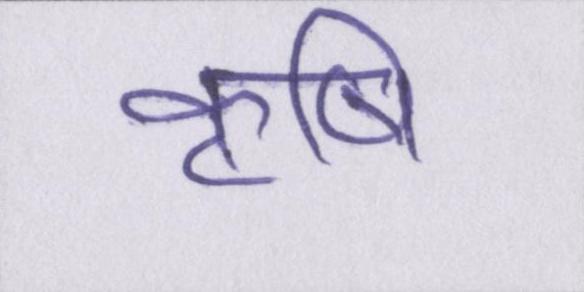
कॄषि